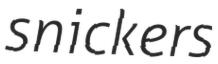
snickers